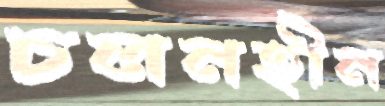
চলনহীন